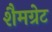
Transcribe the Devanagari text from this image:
शैमग्रेट